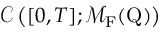
\mathcal { C } \left( [ 0 , T ] ; \mathcal { M } _ { \mathrm { F } } ( \mathrm { Q } ) \right)